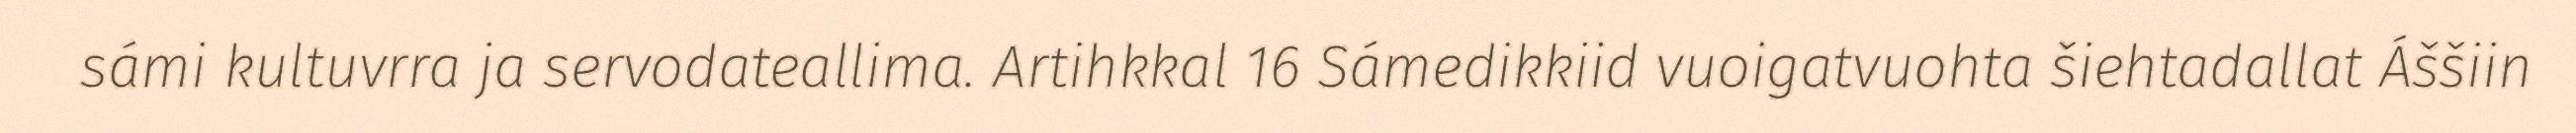
sámi kultuvrra ja servodateallima. Artihkkal 16 Sámedikkiid vuoigatvuohta šiehtadallat Áššiin